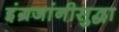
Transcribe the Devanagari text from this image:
इंग्रजांनीसुद्धा